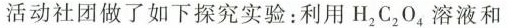
活动社团做了如下探究实验：利用H_{2}_{2}O_{4}溶液和